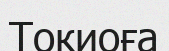
Токиоға